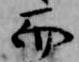
而